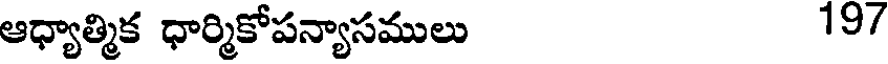
ఆధ్యాత్మిక ధార్మికోపన్యాసములు 19/